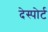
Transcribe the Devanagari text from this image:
देस्पोर्ट